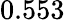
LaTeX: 0.553